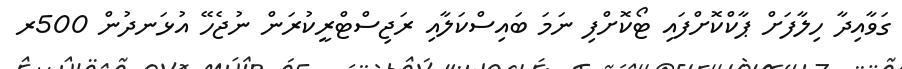
ގަވާއިދާ ހިލާފަށް ޕާކްކޮށްފައި ޓޯކޮށްފި ނަމަ ބައިސްކަލާއި ރަޖިސްޓްރީކުރަން ނުޖެހޭ އުޅަނދުން 500ރ